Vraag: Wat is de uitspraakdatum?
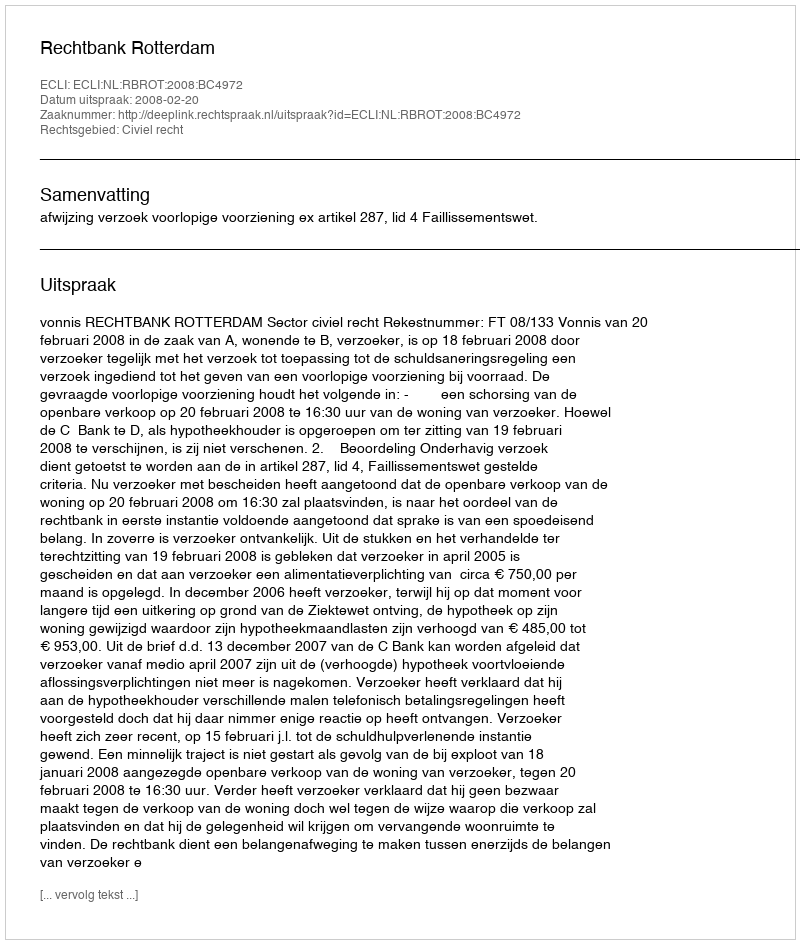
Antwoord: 2008-02-20